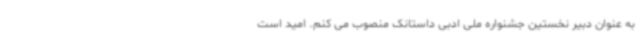
به عنوان دبیر نخستین جشنواره ملی ادبی داستانک منصوب می کنم. امید است